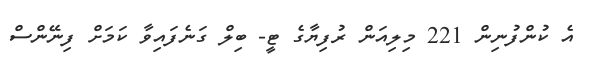
އެ ކުންފުނިން 221 މިލިއަން ރުފިޔާގެ ޓީ- ބިލް ގަނެފައިވާ ކަމަށް ފިނޭންސް